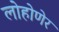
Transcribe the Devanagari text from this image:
लोहोणेर